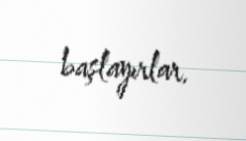
başlayırlar.